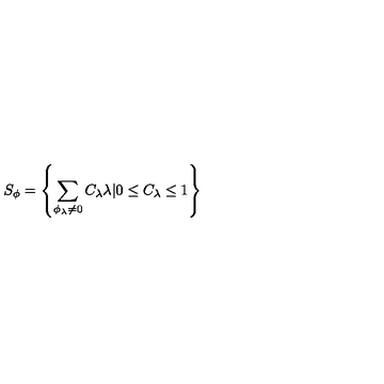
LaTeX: S _ { \phi } = \left\{ \sum _ { { \phi } _ { \lambda } \neq 0 } C _ { \lambda } \lambda | 0 \leq C _ { \lambda } \leq 1 \right\}